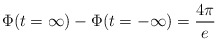
\begin{align*}\Phi(t=\infty)-\Phi(t=-\infty)=\frac {4\pi}{e}\end{align*}